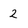
Character: 2